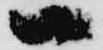
一